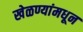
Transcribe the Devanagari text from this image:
खेळण्यांमधून